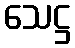
သေဋ္ဌ